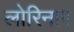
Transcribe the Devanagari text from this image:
लोरिनाए